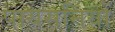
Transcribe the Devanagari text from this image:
पायसनियों